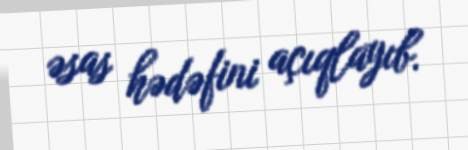
əsas hədəfini açıqlayıb.